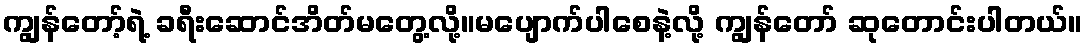
ကျွန်တော့်ရဲ့ ခရီးဆောင်အိတ်မတွေ့လို့။မပျောက်ပါစေနဲ့လို့ ကျွန်တော် ဆုတောင်းပါတယ်။